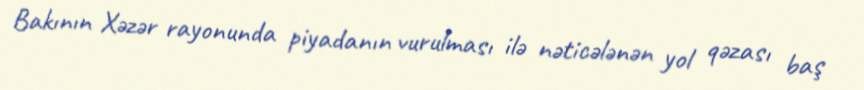
Bakının Xəzər rayonunda piyadanın vurulması ilə nəticələnən yol qəzası baş